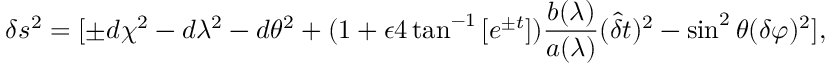
\delta s ^ { 2 } = [ \pm d \chi ^ { 2 } - d \lambda ^ { 2 } - d \theta ^ { 2 } + ( 1 + \epsilon 4 \tan ^ { - 1 } \left[ e ^ { \pm t } \right] ) \frac { b ( \lambda ) } { a ( \lambda ) } ( \hat { { \delta } } t ) ^ { 2 } - \sin ^ { 2 } \theta ( \delta \varphi ) ^ { 2 } ] ,